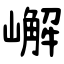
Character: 嶰